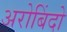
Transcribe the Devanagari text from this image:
अरोबिंदो